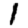
Digit: 1